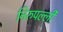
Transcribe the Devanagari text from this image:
निरुपल्ली